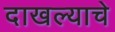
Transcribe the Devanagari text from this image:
दाखल्याचे